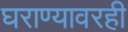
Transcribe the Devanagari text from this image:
घराण्यावरही